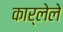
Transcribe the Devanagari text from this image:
कार्लेले